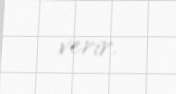
verir.